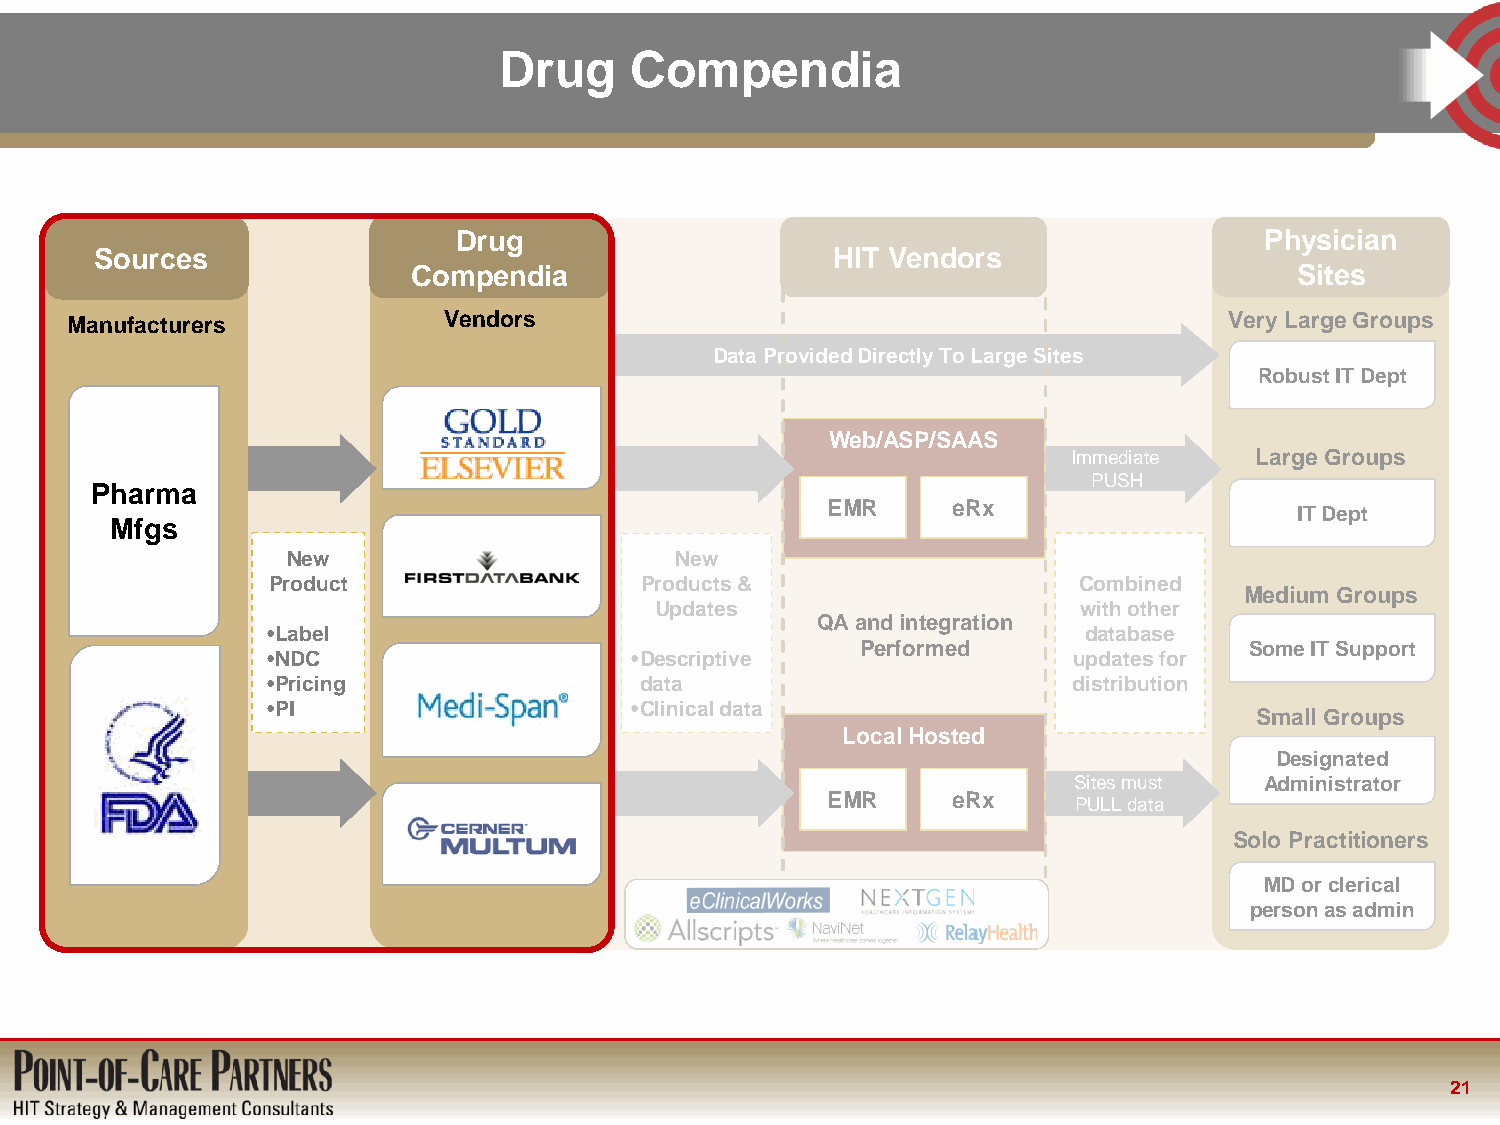
Drug     Compendia
 Drug                                                  Physician
 Sou rces                                         HIT Vendors
 Compendia                                                  Sit es
 Manufacturers            Vendors                                             Very Large Groups
 Data Provided Directly To Large Sites
 Robust IT Dept
 Web/ASP/SAAS
 Immediate   Large Groups
 PUSH
 Pharma
 EMR     eRx                    IT D ept
 Mfgs
 New                       New
 FDB
 Product                 Products &                   Combined
 Medium Groups
 Updates                      with other
 QA and integration
 •Label                                                database
 Performed                 Some IT Support
 •NDC                    •Descriptive                 updates for
 •Pricing                data                         distribution
 •PI                     •Clinical data
 Small Groups
 Local Hosted
 Designated
 FDA
 Sites must   Administrator
 EMR     eRx     PULL data
 Multum                                              Solo Practitioners
 MD or clerical
 person as admin
 21